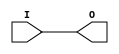
module BUFMR (
  O,

  I
);

`ifdef XIL_TIMING

    parameter LOC = "UNPLACED";
    reg notifier;

`endif 

  output O;

  input I;


  buf B1 (O, I);

  specify

  ( I => O) = (0:0:0, 0:0:0);

`ifdef XIL_TIMING

  $period (posedge I, 0:0:0, notifier);

`endif 

  specparam PATHPULSE$ = 0;
  endspecify

endmodule